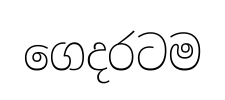
ගෙදරටම